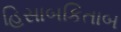
હિસાબકિતાબ